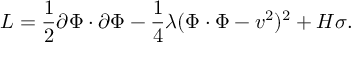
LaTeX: L = { \frac { 1 } { 2 } } \partial \Phi \cdot \partial \Phi - { \frac { 1 } { 4 } } \lambda ( \Phi \cdot \Phi - v ^ { 2 } ) ^ { 2 } + H \sigma .